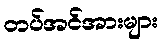
တပ်အင်အားများ